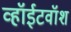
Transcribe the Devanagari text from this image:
व्हॉईटवॉश